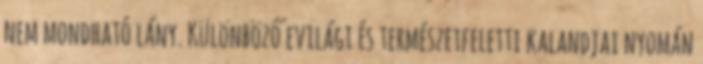
nem mondható lány. Különböző evilági és természetfeletti kalandjai nyomán